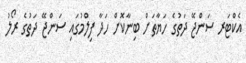
އެކްޓަރ ސަންޖޭ ދަތުގެ ހަޔާތަށް ބިނާކޮށް ހަދާ ފިލްމުގައި ސަންޖޭ ދަތުގެ ރޯލު